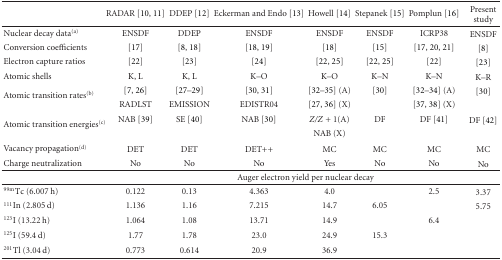
<table><thead><tr><td><b> </b></td><td><b>RADAR [10, 11]</b></td><td><b>DDEP [12]</b></td><td><b>Eckerman and Endo [13]</b></td><td><b>Howell [14]</b></td><td><b>Stepanek [15]</b></td><td><b>Pomplun [16]</b></td><td><b>Present study</b></td></tr></thead><tbody><tr><td>Nuclear decay data<sup>(a)</sup></td><td>ENSDF</td><td>DDEP</td><td>ENSDF</td><td>ENSDF</td><td>ENSDF</td><td>ICRP38</td><td>ENSDF</td></tr><tr><td>Conversion coefficients</td><td>[17]</td><td>[8, 18]</td><td>[18, 19]</td><td>[18]</td><td>[15]</td><td>[17, 20, 21]</td><td>[8]</td></tr><tr><td>Electron capture ratios</td><td>[22]</td><td>[23]</td><td>[24]</td><td>[22, 25]</td><td>[22, 25]</td><td>[22]</td><td>[23]</td></tr><tr><td>Atomic shells</td><td>K, L</td><td>K, L</td><td>K–O</td><td>K–O</td><td>K–N</td><td>K–N</td><td>K–R</td></tr><tr><td rowspan="2">Atomic transition rates<sup>(b)</sup></td><td>[7, 26]</td><td>[27–29]</td><td>[30, 31]</td><td>[32–35] (A)</td><td>[30]</td><td>[32–34] (A)</td><td>[30]</td></tr><tr><td>RADLST</td><td>EMISSION</td><td>EDISTR04</td><td>[27, 36] (X)</td><td> </td><td>[37, 38] (X)</td><td> </td></tr><tr><td rowspan="2">Atomic transition energies<sup>(c)</sup></td><td>NAB [39]</td><td>SE [40]</td><td>NAB [30]</td><td><i>Z</i>/<i>Z + </i>1(A)</td><td>DF</td><td>DF [41]</td><td>DF [42]</td></tr><tr><td> </td><td> </td><td> </td><td>NAB (X)</td><td> </td><td> </td><td> </td></tr><tr><td>Vacancy propagation<sup>(d)</sup></td><td>DET</td><td>DET</td><td>DET++</td><td>MC</td><td>MC</td><td>MC</td><td>MC</td></tr><tr><td>Charge neutralization</td><td>No</td><td>No</td><td>No</td><td>Yes</td><td>No</td><td>No</td><td>No</td></tr><tr><td> </td><td colspan="7">Auger electron yield per nuclear decay</td></tr><tr><td><sup>99m</sup>Tc (6.007 h)</td><td>0.122</td><td>0.13</td><td>4.363</td><td>4.0</td><td> </td><td>2.5</td><td>3.37</td></tr><tr><td><sup>111</sup>In (2.805 d)</td><td>1.136</td><td>1.16</td><td>7.215</td><td>14.7</td><td>6.05</td><td> </td><td>5.75</td></tr><tr><td><sup>123</sup>I (13.22 h)</td><td>1.064</td><td>1.08</td><td>13.71</td><td>14.9</td><td> </td><td>6.4</td><td> </td></tr><tr><td><sup>125</sup>I (59.4 d)</td><td>1.77</td><td>1.78</td><td>23.0</td><td>24.9</td><td>15.3</td><td> </td><td> </td></tr><tr><td><sup>201</sup>Tl (3.04 d)</td><td>0.773</td><td>0.614</td><td>20.9</td><td>36.9</td><td> </td><td> </td><td> </td></tr></tbody></table>